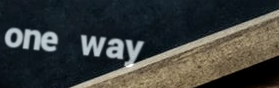
one way